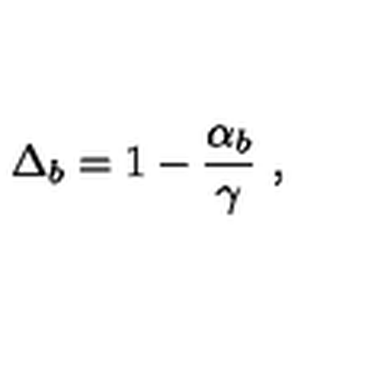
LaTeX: \Delta _ { b } = 1 - \frac { \alpha _ { b } } { \gamma } \ ,